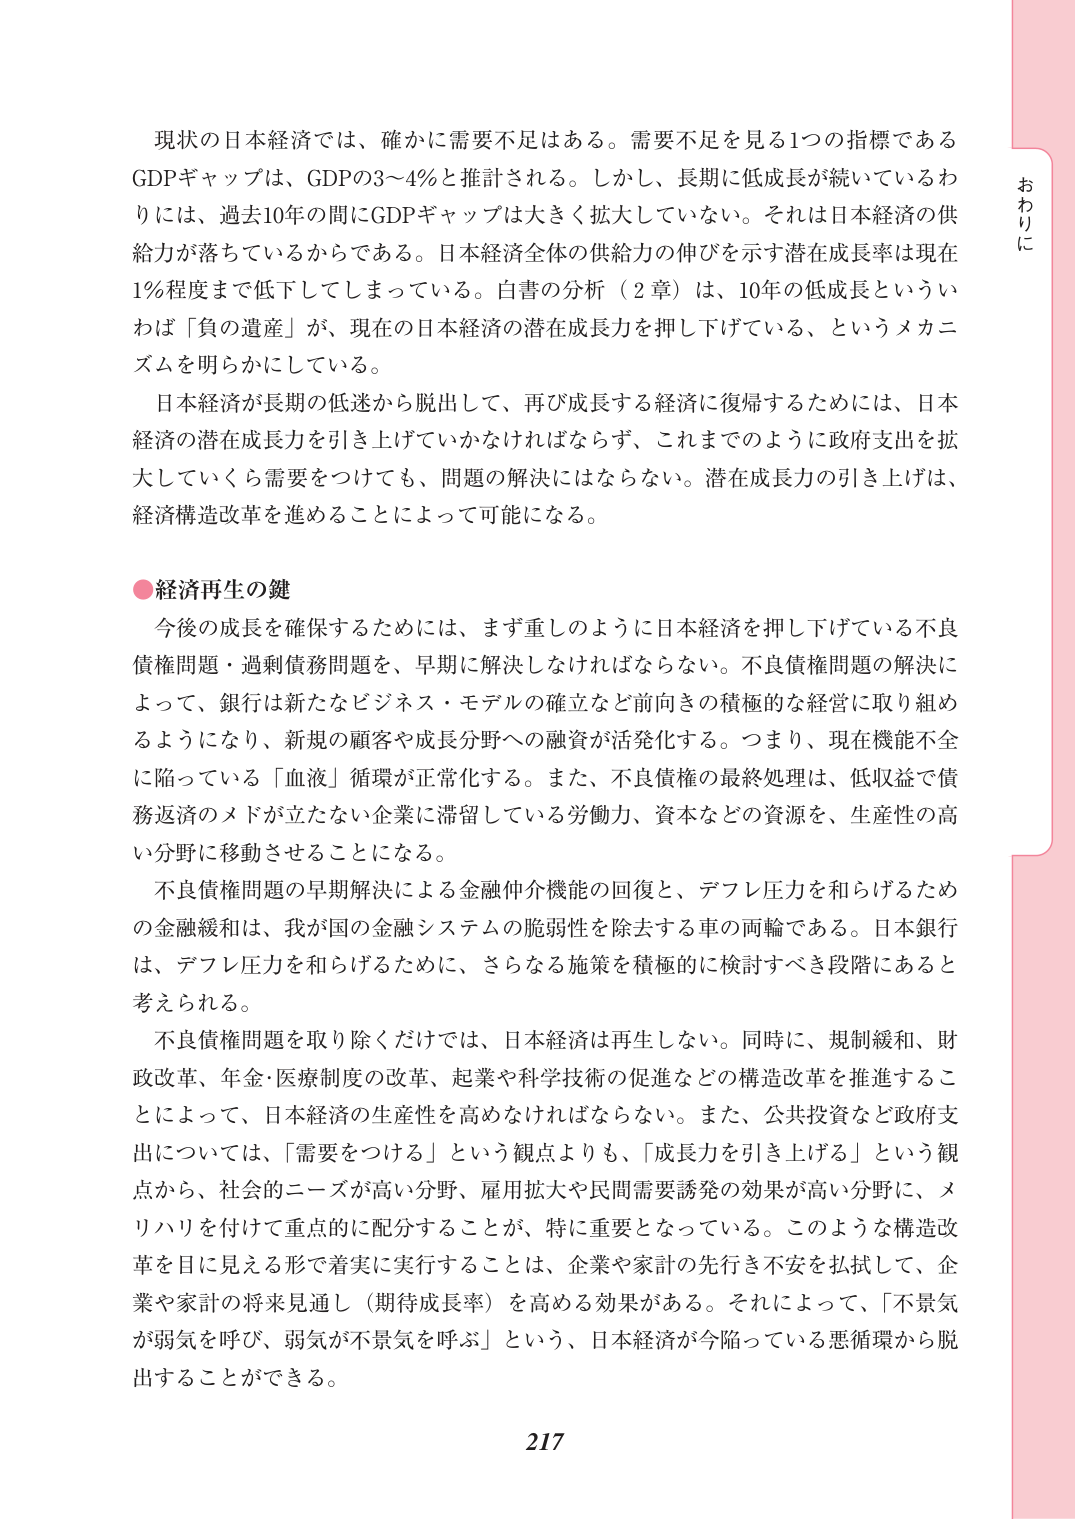
現状の日本経済では、確かに需要不足はある。需要不足を見る1つの指標であるGDPギャップは、GDPの3～4％と推計される。しかし、長期に低成長が続いているわりには、過去10年の間にGDPギャップは大きく拡大していない。それは日本経済の供給力が落ちているからである。日本経済全体の供給力の伸びを示す潜在成長率は現在1％程度まで低下してしまっている。白書の分析（2章）は、10年の低成長といういわば「負の遺産」が、現在の日本経済の潜在成長力を押し下げている、というメカニズムを明らかにしている。

日本経済が長期の低迷から脱出して、再び成長する経済に復帰するためには、日本経済の潜在成長力を引き上げていかなければならない。これまでのように政府支出を拡大していくら需要をつけても、問題の解決にはならない。潜在成長力の引き上げは、経済構造改革を進めることによって可能になる。

●経済再生の鍵

今後の成長を確保するためには、まず重しのように日本経済を押し下げている不良債権問題・過剰債務問題を、早期に解決しなければならない。不良債権問題の解決によって、銀行は新たなビジネス・モデルの確立など前向きの積極的な経営に取り組めるようになり、新規の顧客や成長分野への融資が活発化する。つまり、現在機能不全に陥っている「血液」循環が正常化する。また、不良債権の最終処理は、低収益で債務返済のメドが立たない企業に滞留している労働力、資本などの資源を、生産性の高い分野に移動させることになる。

不良債権問題の早期解決による金融仲介機能の回復と、デフレ圧力を和らげるための金融緩和は、我が国の金融システムの脆弱性を除去する車の両輪である。日本銀行は、デフレ圧力を和らげるために、さらなる施策を積極的に検討すべき段階にあると考えられる。

不良債権問題を取り除くだけでは、日本経済は再生しない。同時に、規制緩和、財政改革、年金・医療制度の改革、起業や科学技術の促進などの構造改革を推進することによって、日本経済の生産性を高めなければならない。また、公共投資など政府支出については、「需要をつける」という観点よりも、「成長力を引き上げる」という観点から、社会的ニーズが高い分野、雇用拡大や民間需要誘発の効果が高い分野に、メリハリを付けて重点的に配分することが、特に重要となっている。このような構造改革を目に見える形で着実に実行することは、企業や家計の先行き不安を払拭して、企業や家計の将来見通し（期待成長率）を高める効果がある。それによって、「不景気が弱気を呼び、弱気が不景気を呼ぶ」という、日本経済が今陥っている悪循環から脱出することができる。

217

おわりに